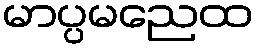
မာပ္ပမညေထ